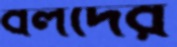
বলদের